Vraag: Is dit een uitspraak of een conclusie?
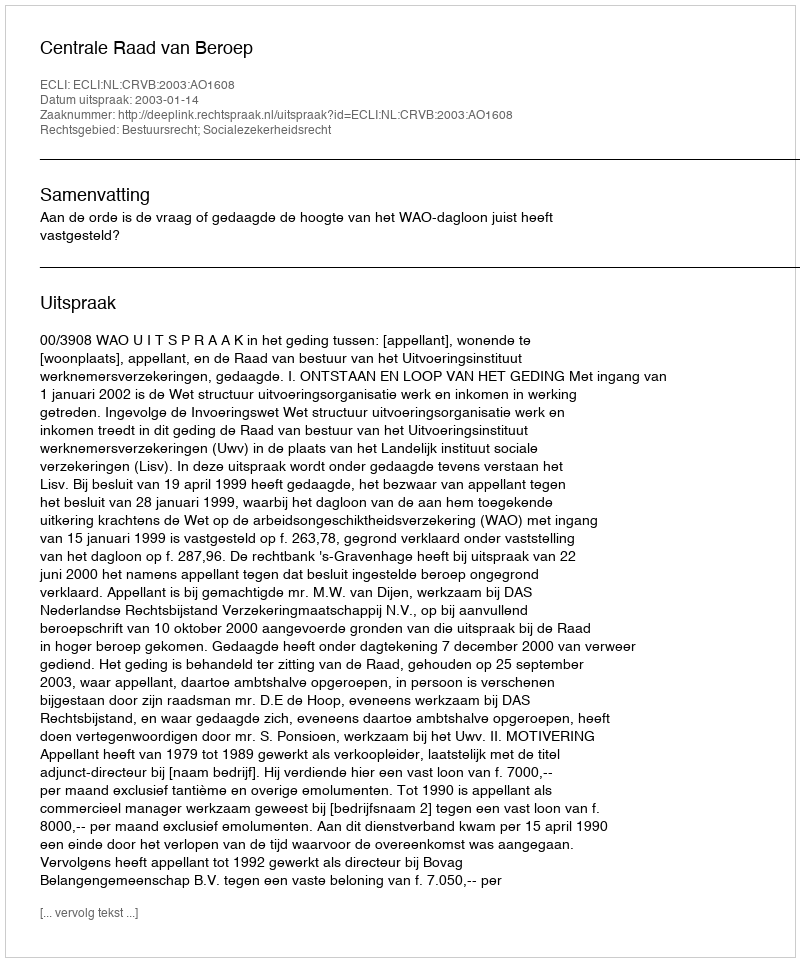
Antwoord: Uitspraak